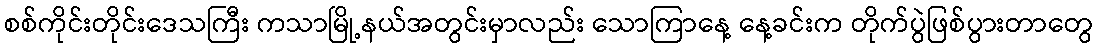
စစ်ကိုင်းတိုင်းဒေသကြီး ကသာမြို့နယ်အတွင်းမှာလည်း သောကြာနေ့ နေ့ခင်းက တိုက်ပွဲဖြစ်ပွားတာတွေ